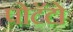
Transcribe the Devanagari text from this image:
पोटॅटो